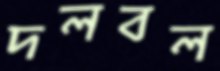
দলবল